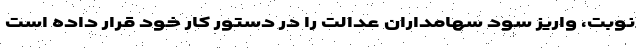
نوبت، واریز سود سهامداران عدالت را در دستور کار خود قرار داده است